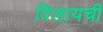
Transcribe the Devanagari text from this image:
विलायची